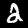
Digit: 2